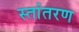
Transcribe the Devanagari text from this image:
स्तांतरण